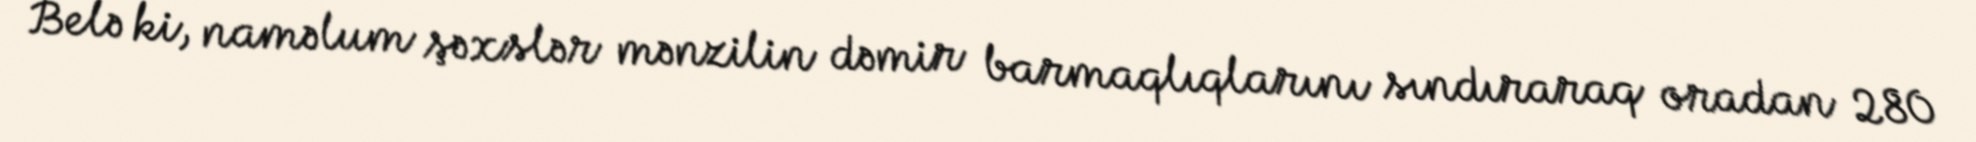
Belə ki, naməlum şəxslər mənzilin dəmir barmaqlıqlarını sındıraraq oradan 280